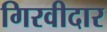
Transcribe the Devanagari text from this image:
गिरवीदार